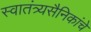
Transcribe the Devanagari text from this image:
स्वातंत्र्यसैनिकांचे